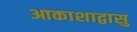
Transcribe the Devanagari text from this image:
आकाशाद्वासु